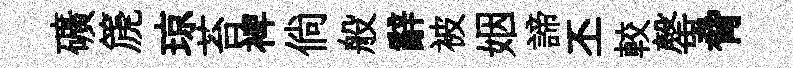
礦篪琼苔裨倘般辭被姻諦丕較罄脅